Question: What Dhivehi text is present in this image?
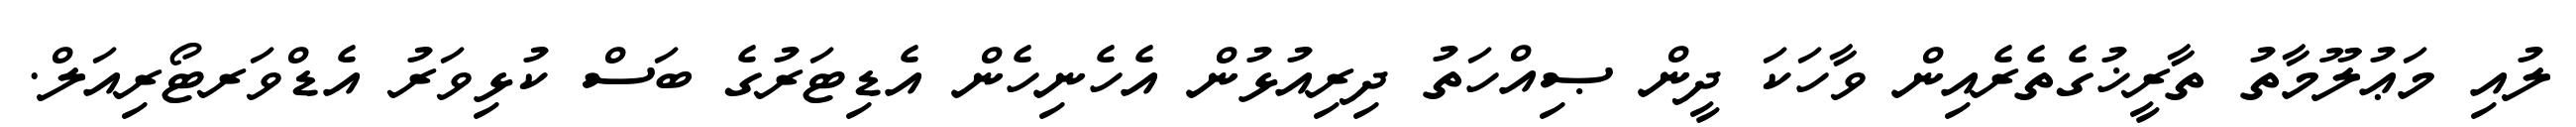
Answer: ލުއި މަޢުލޫމާތު ތާރީޚުގެތެރެއިން ވާހަކަ ދީން ޞިއްހަތު ދިރިއުޅުން އެހެނިހެން އެޑިޓަރުގެ ބަސް ކުޅިވަރު އެޑްވަރޓޯރިއަލް.